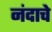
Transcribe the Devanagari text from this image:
नंदाचे